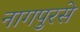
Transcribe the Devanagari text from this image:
नागपुरसे